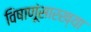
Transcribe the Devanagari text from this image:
विषाणूंसारख्या